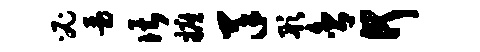
必瑟谌摭羊彤舍何